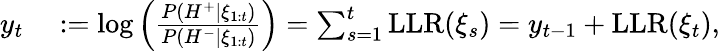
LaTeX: \begin{array}{rl}{y_{t}}&{{}:=\log\left(\frac{P({H^{+}}|\xi_{1:t})}{P({H^{-}}|\xi_{1:t})}\right)=\sum_{s=1}^{t}\mathrm{LLR}(\xi_{s})=y_{t-1}+\mathrm{LLR}(\xi_{t}),}\end{array}